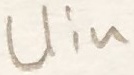
Text: Uin